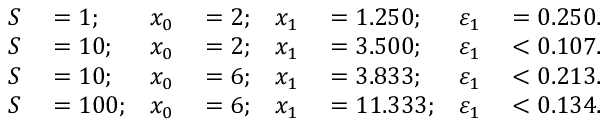
\begin{array} { r l r l r l r l } { S } & { { } = 1 ; } & { x _ { 0 } } & { { } = 2 ; } & { x _ { 1 } } & { { } = 1 . 2 5 0 ; } & { \varepsilon _ { 1 } } & { { } = 0 . 2 5 0 . } \\ { S } & { { } = 1 0 ; } & { x _ { 0 } } & { { } = 2 ; } & { x _ { 1 } } & { { } = 3 . 5 0 0 ; } & { \varepsilon _ { 1 } } & { { } < 0 . 1 0 7 . } \\ { S } & { { } = 1 0 ; } & { x _ { 0 } } & { { } = 6 ; } & { x _ { 1 } } & { { } = 3 . 8 3 3 ; } & { \varepsilon _ { 1 } } & { { } < 0 . 2 1 3 . } \\ { S } & { { } = 1 0 0 ; } & { x _ { 0 } } & { { } = 6 ; } & { x _ { 1 } } & { { } = 1 1 . 3 3 3 ; } & { \varepsilon _ { 1 } } & { { } < 0 . 1 3 4 . } \end{array}